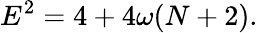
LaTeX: E^{2}=4+4\omega(N+2).